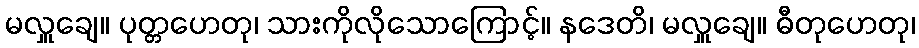
မလှူချေ။ ပုတ္တဟေတု၊ သားကိုလိုသောကြောင့်။ နဒေတိ၊ မလှူချေ။ ဓီတုဟေတု၊